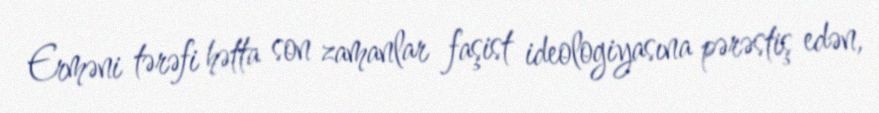
Erməni tərəfi hətta son zamanlar faşist ideologiyasına pərəstiş edən,